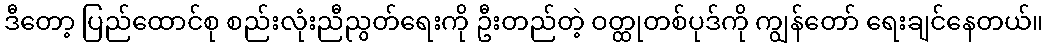
ဒီတော့ ပြည်ထောင်စု စည်းလုံးညီညွတ်ရေးကို ဦးတည်တဲ့ ဝတ္ထုတစ်ပုဒ်ကို ကျွန်တော် ရေးချင်နေတယ်။